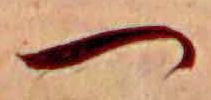
つ